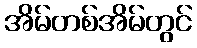
အိမ်တစ်အိမ်တွင်